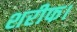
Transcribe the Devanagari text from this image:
शरीफ।